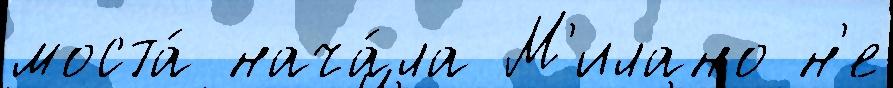
моста́ нача́ла М'илано н'е